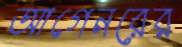
আগেনরের